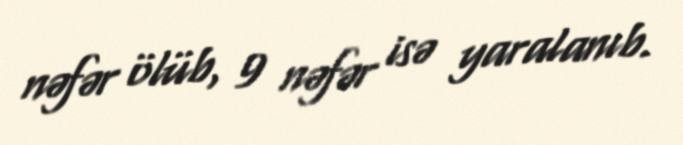
nəfər ölüb, 9 nəfər isə yaralanıb.